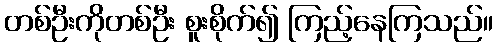
တစ်ဦးကိုတစ်ဦး စူးစိုက်၍ ကြည့်နေကြသည်။